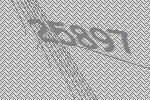
25897